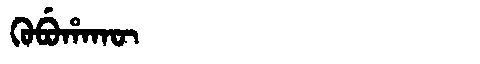
Manchu: ᡴᡠᠪᡠᡥᠠᡴᡡ
Romanization: KUBUHAKŪ